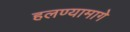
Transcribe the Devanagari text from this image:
हलण्यामागे